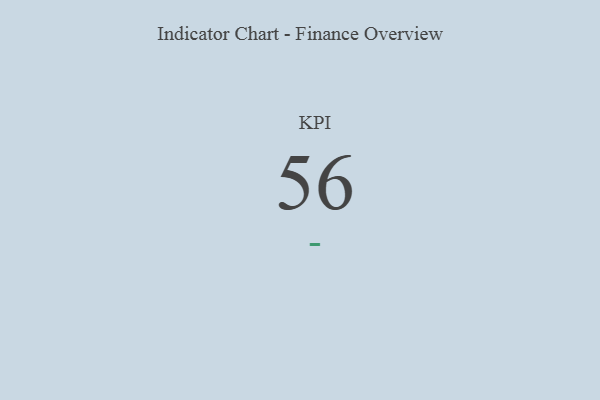
{"axis": {"x": "KPI", "y": "Value"}, "legend": [""], "data": [{"x": "KPI", "y": 56, "type": ""}]}